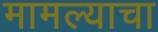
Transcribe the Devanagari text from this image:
मामल्याचा